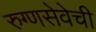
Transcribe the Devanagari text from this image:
रुग्णसेवेची